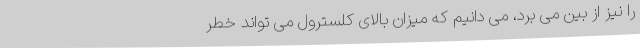
را نیز از بین می برد، می دانیم که میزان بالای کلسترول می تواند خطر